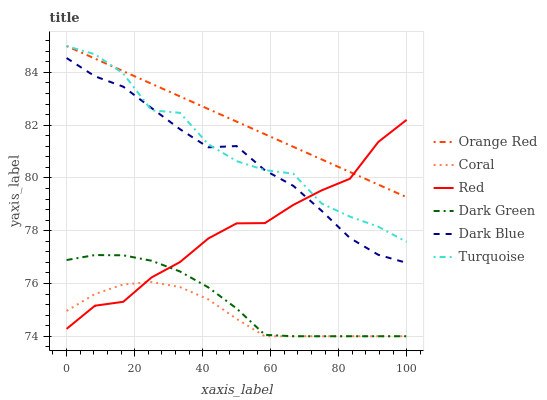
| xaxis_label | Orange Red | Coral | Red | Dark Green | Dark Blue | Turquoise |
 | --- | --- | --- | --- | --- | --- | --- |
 | 0 | 85 | 75 | 74.3 | 76.9 | 84.5 | 85 |
 | 8.33 | 84.5 | 75.6 | 75.2 | 77.1 | 83.9 | 84.7 |
 | 16.7 | 84 | 76 | 75.3 | 77.1 | 83.5 | 84 |
 | 25 | 83.6 | 76.1 | 76.2 | 76.9 | 82.6 | 82.6 |
 | 33.3 | 83.1 | 75.9 | 76.8 | 76.5 | 81.8 | 82.5 |
 | 41.7 | 82.6 | 75.4 | 77.7 | 75.9 | 81.2 | 81.3 |
 | 50 | 82.1 | 74.7 | 78.3 | 75.1 | 81.2 | 80.6 |
 | 58.3 | 81.7 | 74 | 78.3 | 74.1 | 80.3 | 80.3 |
 | 66.7 | 81.2 | 74 | 79 | 74 | 79.7 | 80.2 |
 | 75 | 80.7 | 74 | 79.5 | 74 | 78.8 | 79 |
 | 83.3 | 80.2 | 74 | 80 | 74 | 77.7 | 78.5 |
 | 91.7 | 79.7 | 74 | 81.4 | 74 | 77.1 | 78.2 |
 | 100 | 79.3 | 74 | 82.2 | 74 | 76.8 | 77.6 |